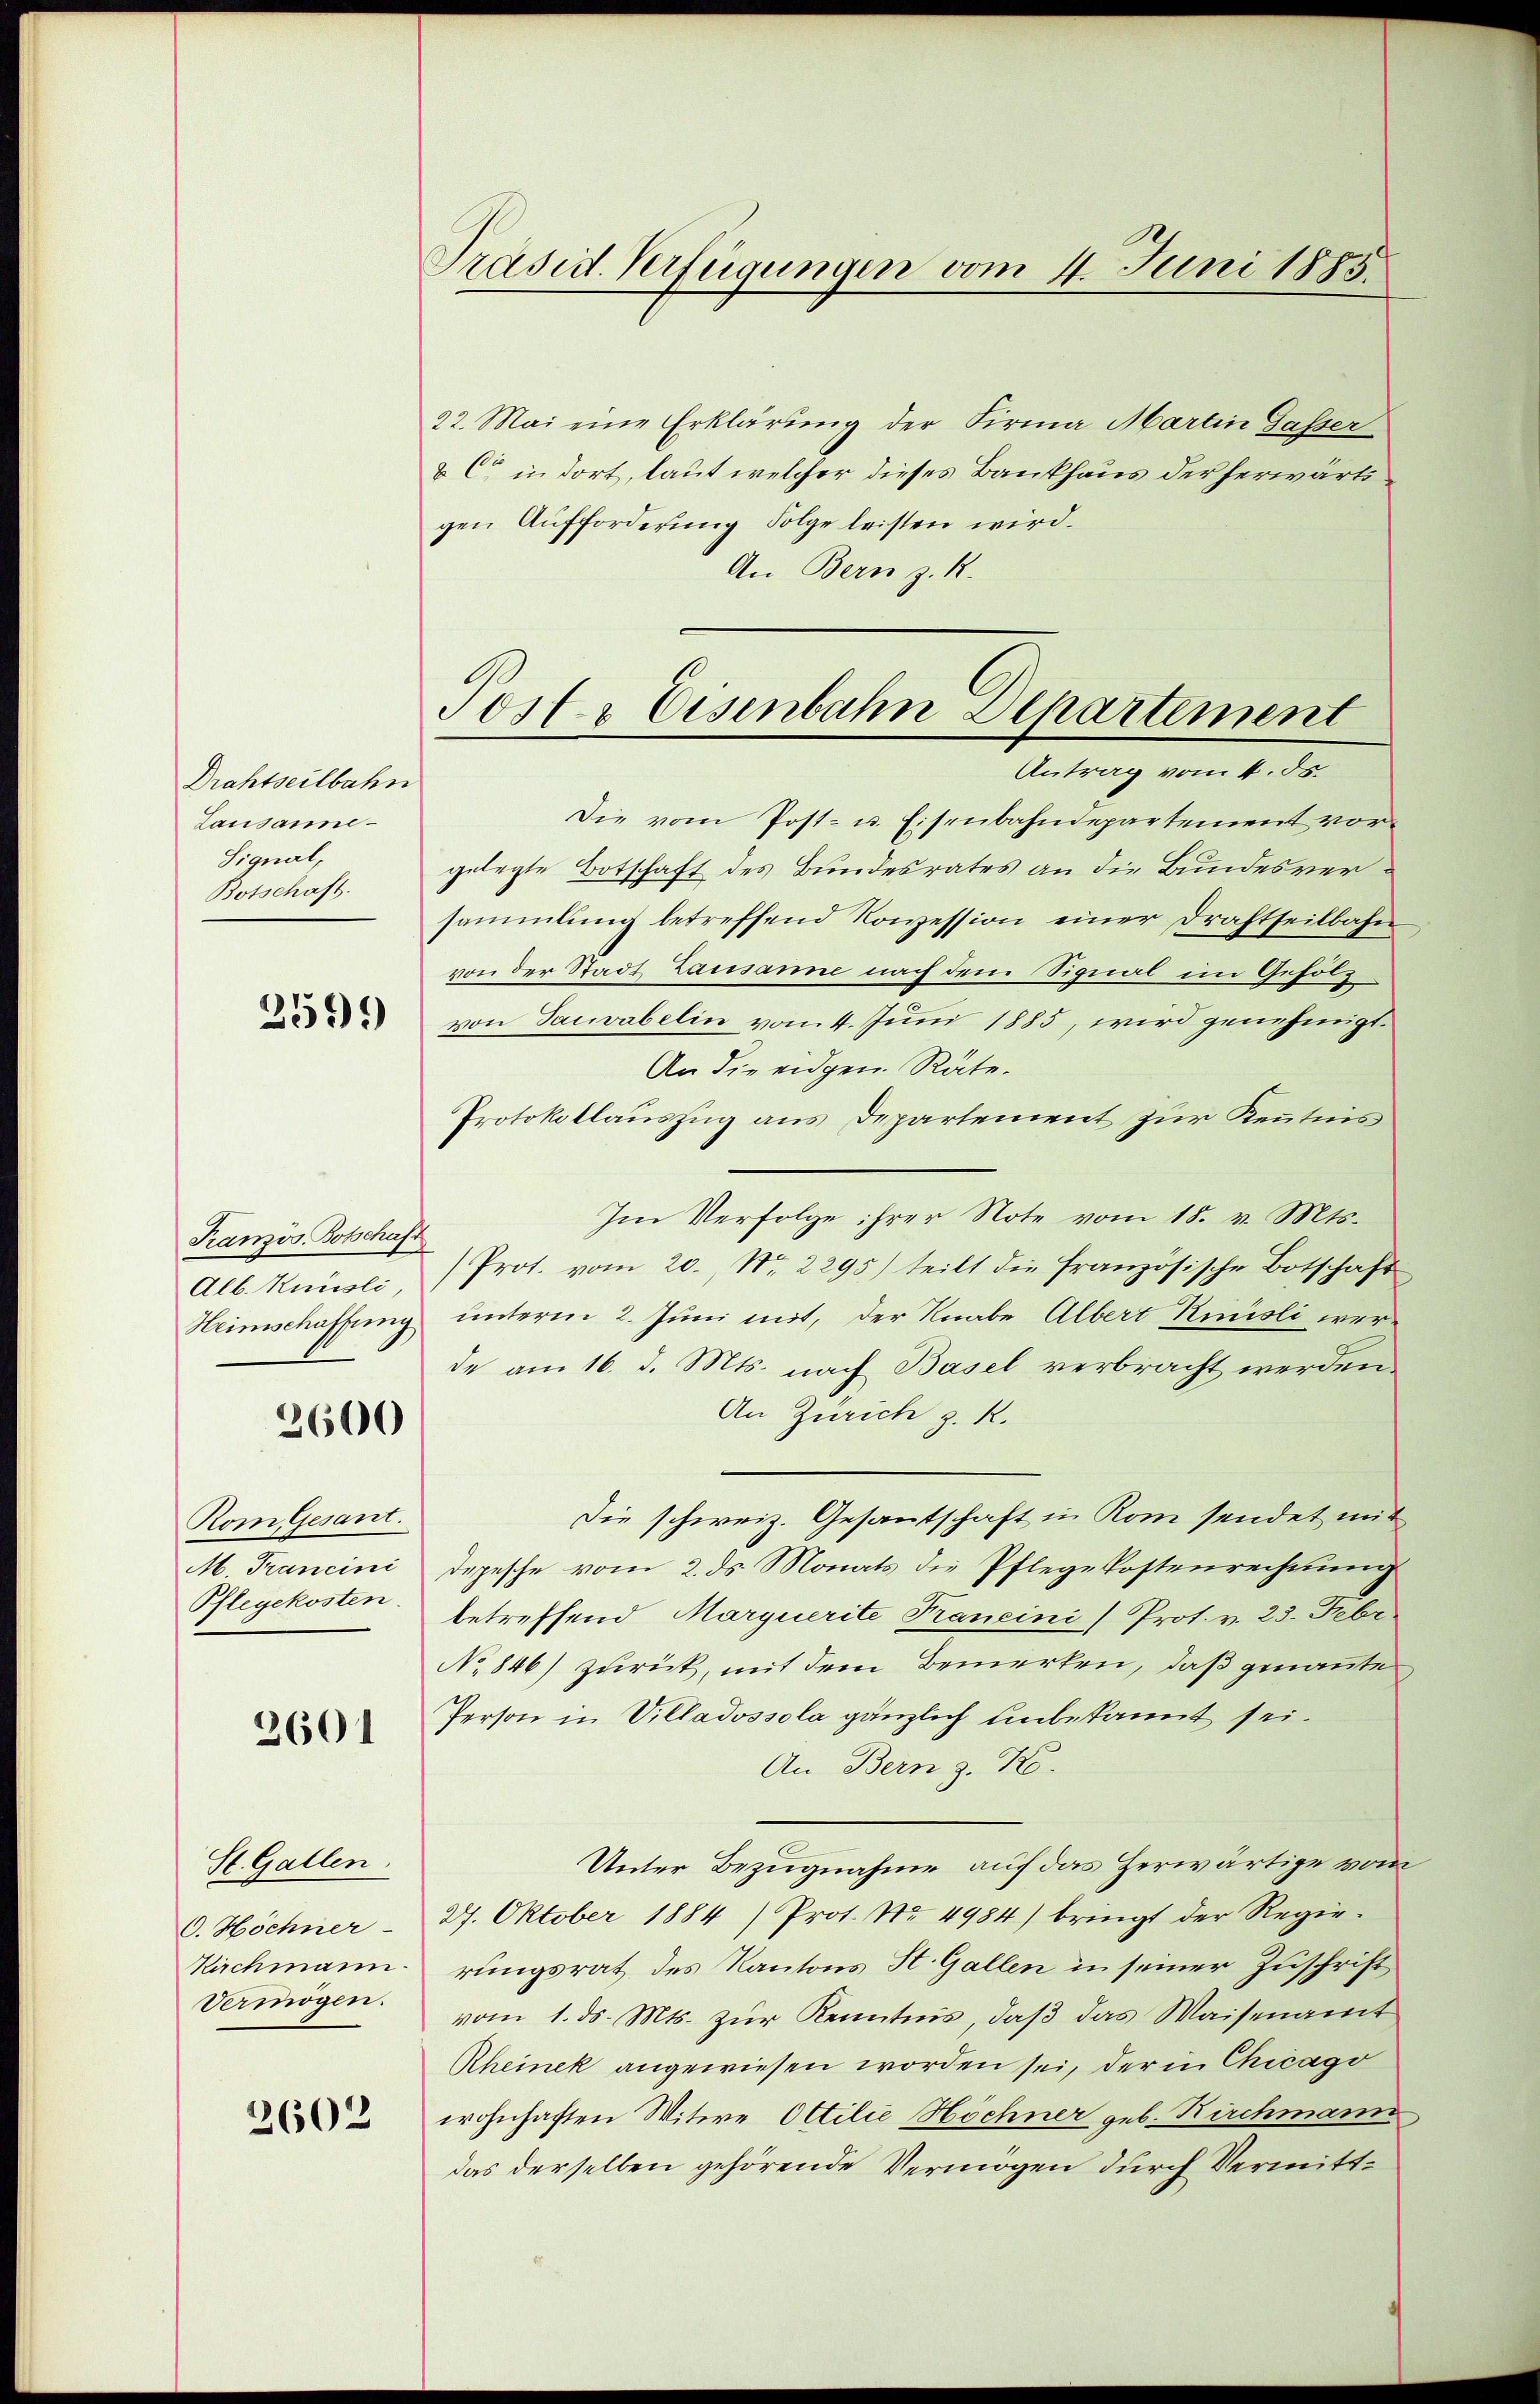
Drahtseilbahn
Lausanne
Signal,
Botschaft.

2599

Französ. Botschaft
Alb. Kunsli
Heimschaffung

2600

Rom Gesant.
M. Francini
Pflegekosten

2601

St. Gallen.
O. Höchner
Kirchmann.
Vermögen.

2602

Präsid. Verfügungen vom 4. Juni 1885.

22. Mai eine Erklärung der Firma Martin Gasser
& Cie in dort, laut welcher dieses Bankhaus der herwärtsgen Aufforderung Folge leisten wird.
An Bern z. R.
Die vom Post- u. Eisenbahndepartement vor
gelegte Botschaft des Bundesrates an die Bundesversammlung betreffend Konzession einer Drahtseilbahn
von der Stadt Lausanne nach dem Signal im Gefolg
von Tauvabelin vom 4. Juni 1885, wird genehmigt.
An die eidgen. Räte.
Protokollauszug aus Departement zur Kenntnis
Im Verfolge ihrer Note vom 18. v. Mts.
Prot. vom 20. No. 2295) teilt die französische Botschaft
unterm 2. Juni mit, der Knabe Albert Kristi werde am 16. d. Mts. nach Basel verbracht werden
An Zürich z. R.
die schweiz. Gesantschaft in Rom sendet mit
depesche vom 2. ds. Monats die Pflegekostenrechnung
betreffend Marquerite Francini Prot. v. 23. Febr
No 846) zurück, mit dem Bemerken, daß genannte
Person in Villadossola gänzlich unbekannt sei.
An Bern z. Ko
Unter Bezugnahme auf das Herwärtige von
27. Oktober 1884) Prot. No. 4984) bringt der Regierungsrat des Kantons St. Gallen in seiner Zuschrift
vom 1. ds. Mts. zur Kenntnis, daß das Waisenamt
Rheinek angewiesen worden sei, der in Chicago
wohnhaften Witwe Ottilie Höchner geb. Kirchmann
das derselben gehörende Vermögen durch Vermitt¬

Postr Eisenbahn Departement
Antrag vom 1. ds.